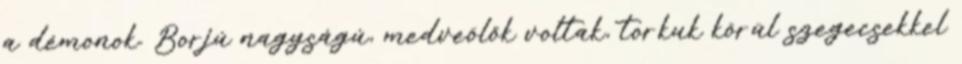
a démonok. Borjú nagyságú, medveölők voltak, torkuk körül szegecsekkel